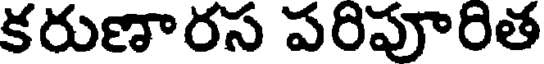
కరుణారస పరిపూరిత